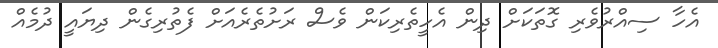
އެހާ ސިއްރުވެރި ގޮތަކަށް ދިން އެހީތެރިކަން ވެސް ރަށުތެރެއަށް ފެތުރިގެން ދިޔައީ ދުމެއް